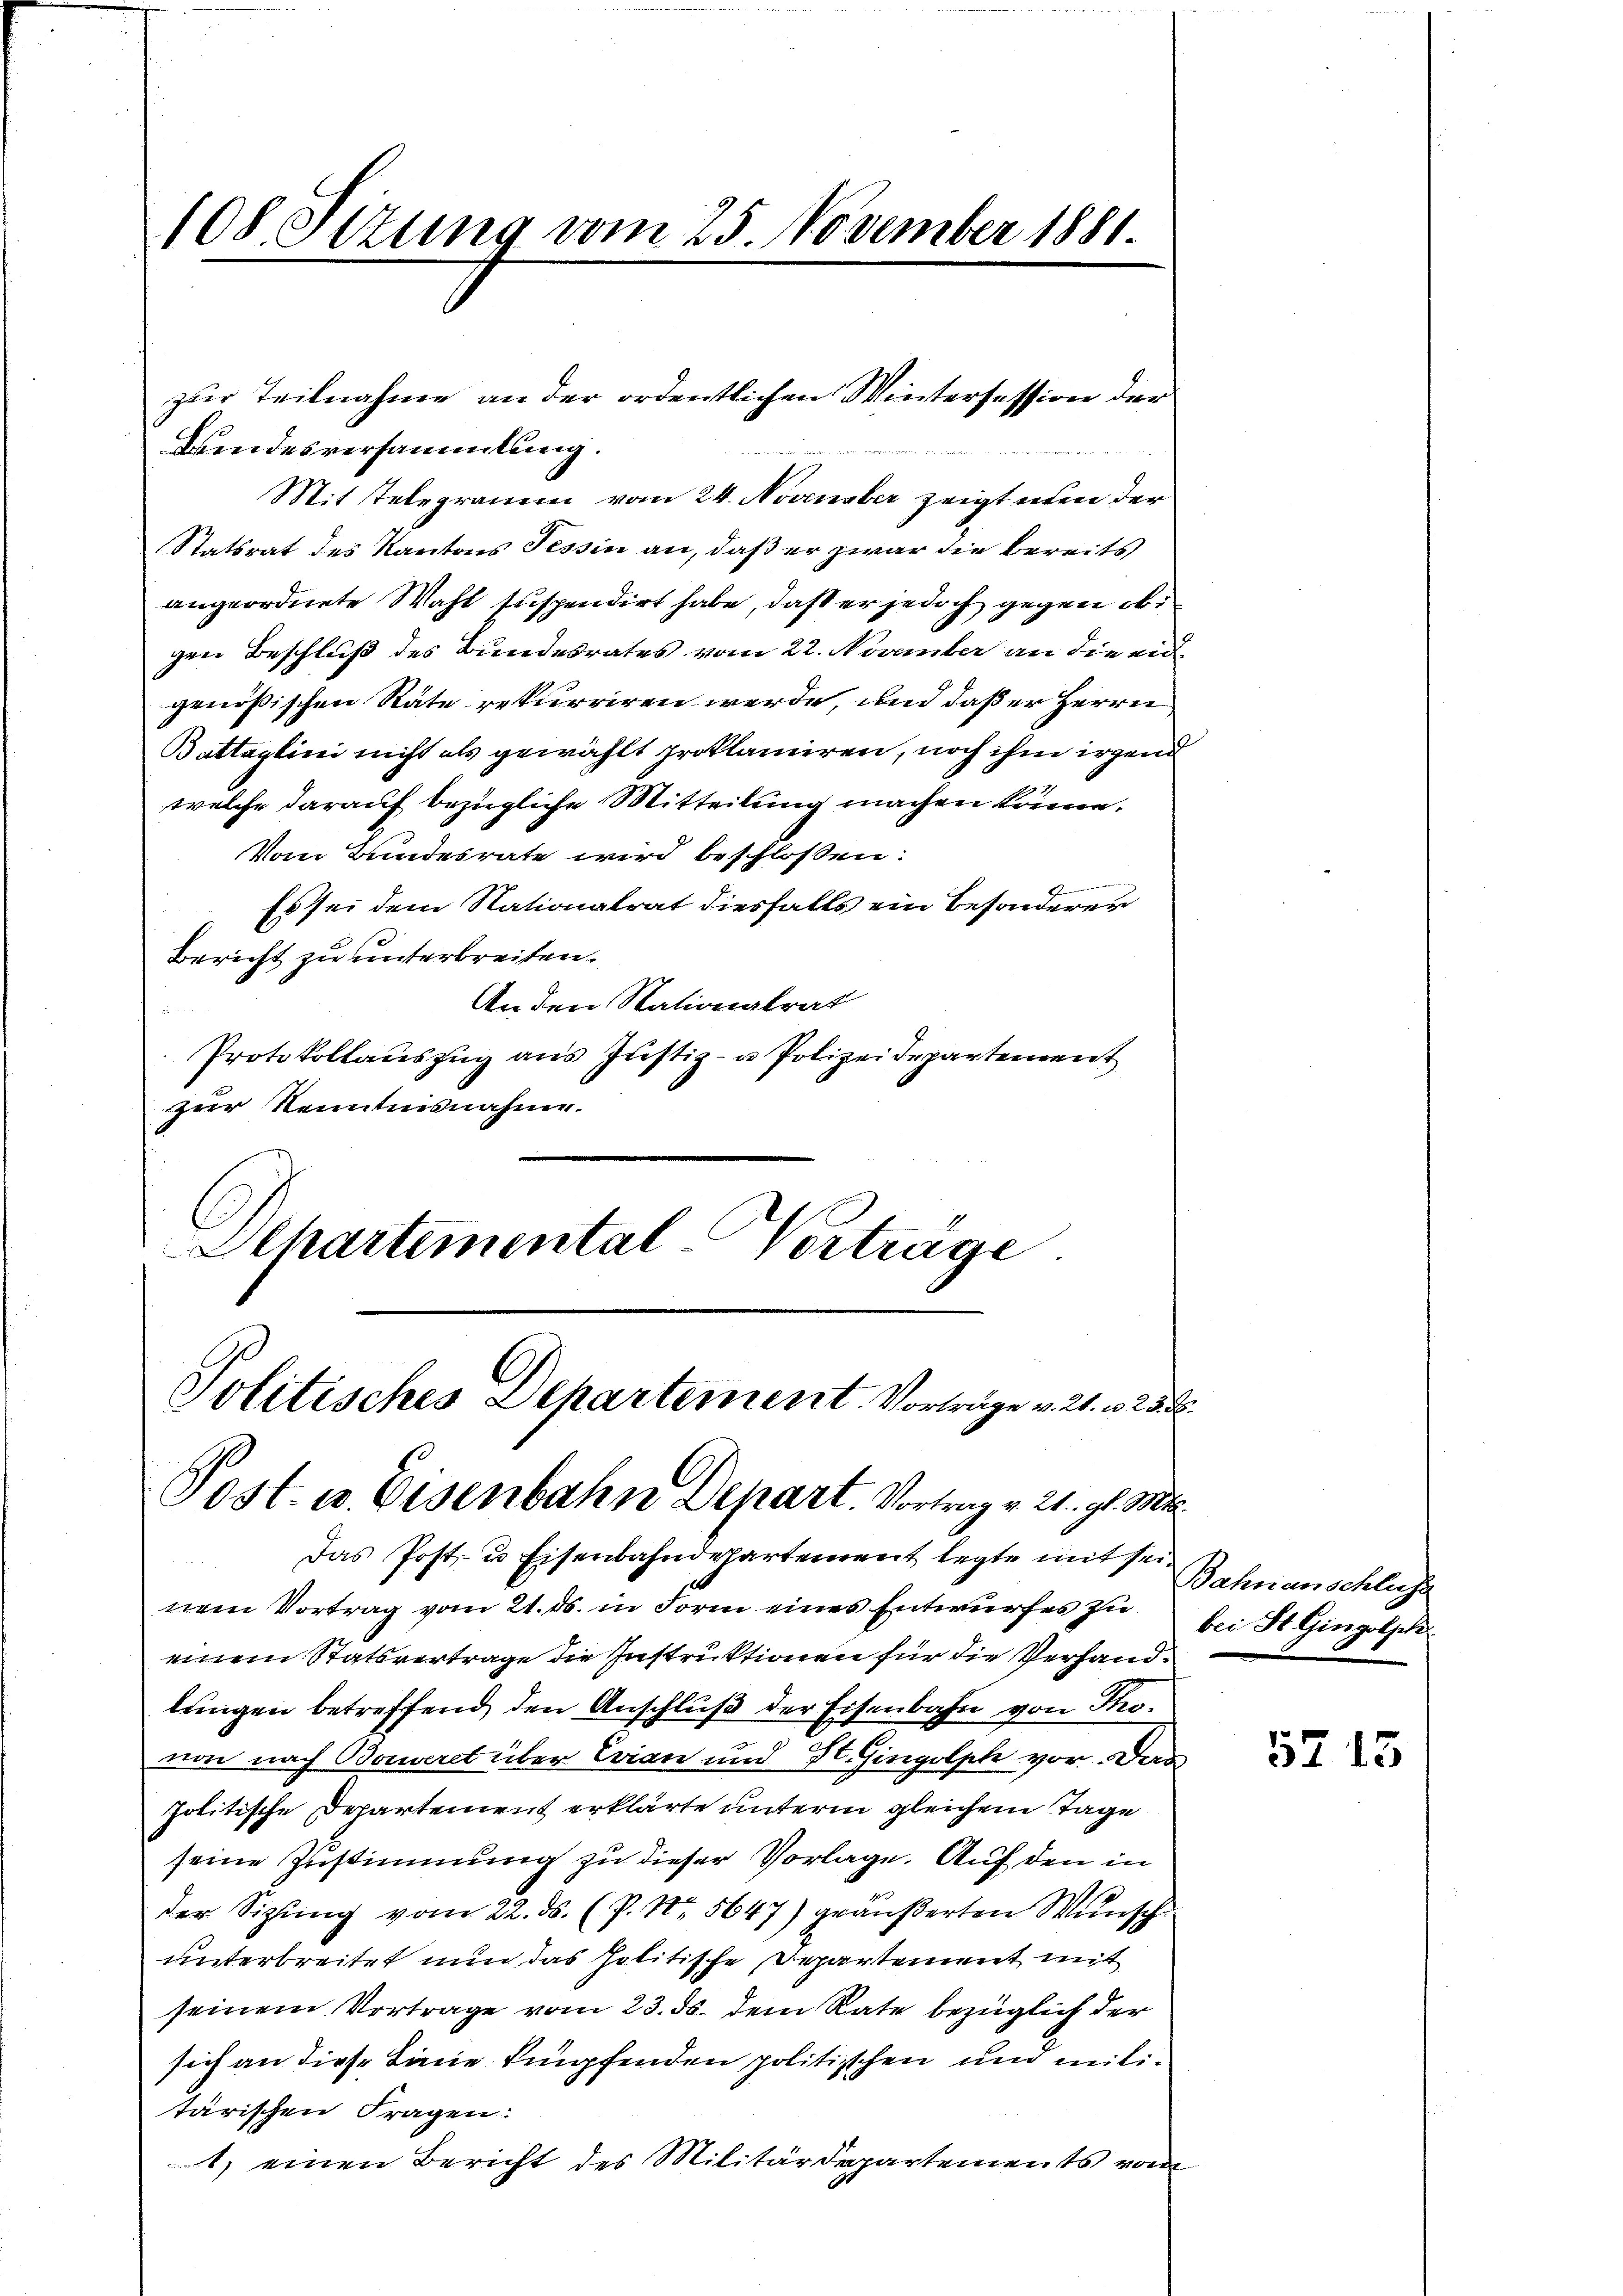
108. Ottung vom 25. November 1881.

zur Teilnahme an der ordentlichen Wintersession der
Brindesversammlung.
Mit Telegramm vom 24. November zeigt nun der
Statsrat des Kantons Tessin an, daß er zwar die bereits
angeordnete Wahl suspendirt habe, daß er jedoch gegen obigen Beschluß des Bundesrates vom 22. November an die eid
genößischen Räte rekurriren werde, und daß er Herrn
Battaglini nicht als gewählt proklamiren, noch ihm irgend
welche darauf bezügliche Mitteilung machen könne.
Vom Bundesrate wird beschlossen:
e
Es sei dem Stationalrat diesfalls ein besonderer
Bericht zu unterbreiten.
An den Nationalrat

Protokollauszug aus Justiz- u Polizeidepartement
zur Kenntnisnahme.
Politisches Departement. Vorträge v. 21. 125.
Post. u. Eisenbahn Depart. Vortrag v. 21. gl. Ma
Das Post- u Eisenbahndepartement legte mit seinem Vortrag vom 21. ds. in Form eines Entwurfes zu bei St. Gingolj
einem Statsvertrage die Instruktionen für die Verhandlungen betreffend den Anschluß der Eisenbahn von Tovon nach Bonaret über Evian und H. Gingolph vor. Das
politische Departement erklärte unterm gleichem Tage
seine Zustimmung zu dieser Vorlage. Auf den in
der Sitzŭng vom 22. ds. (P. Nr. 5647) geäußerten Wunsch
unterbreitet nun das Politische Departement mit
seinem Vortrage vom 23. ds. dem Rate bezüglich der
sich an diese Linie knüpfenden politischen und militärischen Fragen:
1) einen Bericht des Militärdepartements von

Schartemental-Vortrage

Bahnanschlusse

5215